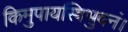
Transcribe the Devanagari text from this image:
किमुपायस्त्रिभुवनं।